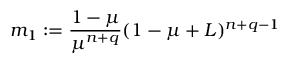
m _ { 1 } : = \frac { 1 - \mu } { \mu ^ { n + q } } ( 1 - \mu + L ) ^ { n + q - 1 }